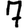
Digit: 7